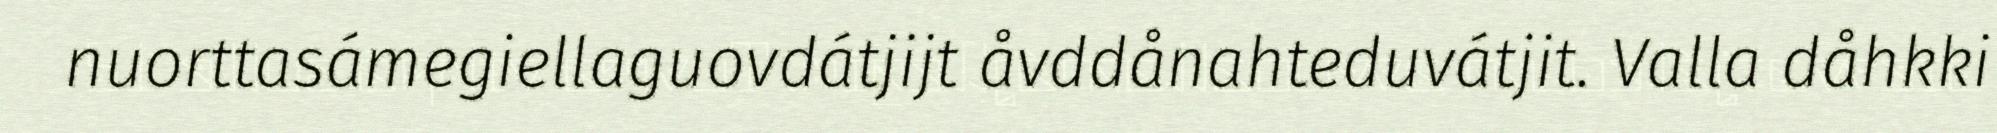
nuorttasámegiellaguovdátjijt åvddånahteduvátjit. Valla dåhkki